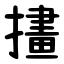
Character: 㩇